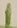
Text: 1